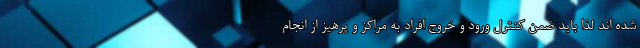
شده اند لذا باید ضمن کنترل ورود و خروج افراد به مراکز و پرهیز از انجام